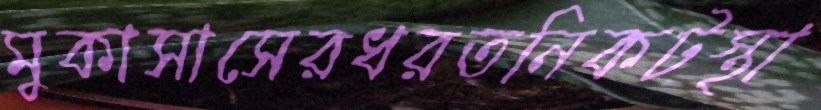
মুকাসাসেরধরতনিকটস্থা